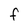
Character: F